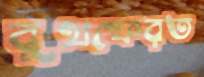
বুথফেরত